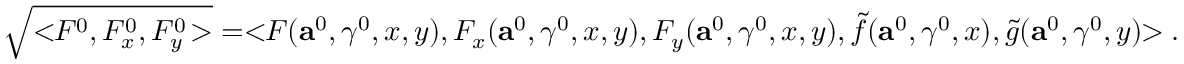
\sqrt { < \! \! F ^ { 0 } , F _ { x } ^ { 0 } , F _ { y } ^ { 0 } \! > } = < \! \! F ( \mathbf { a } ^ { 0 } , \gamma ^ { 0 } , x , y ) , F _ { x } ( \mathbf { a } ^ { 0 } , \gamma ^ { 0 } , x , y ) , F _ { y } ( \mathbf { a } ^ { 0 } , \gamma ^ { 0 } , x , y ) , \tilde { f } ( \mathbf { a } ^ { 0 } , \gamma ^ { 0 } , x ) , \tilde { g } ( \mathbf { a } ^ { 0 } , \gamma ^ { 0 } , y ) \! \! > .